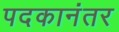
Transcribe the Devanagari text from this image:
पदकानंतर